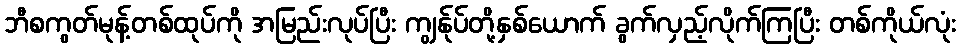
ဘီစကွတ်မုန့်တစ်ထုပ်ကို အမြည်းလုပ်ပြီး ကျွန်ုပ်တို့နှစ်ယောက် ခွက်လှည့်လိုက်ကြပြီး တစ်ကိုယ်လုံး